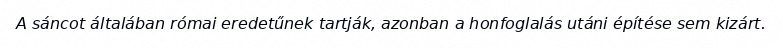
A sáncot általában római eredetűnek tartják, azonban a honfoglalás utáni építése sem kizárt.